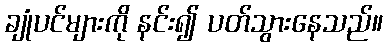
ချုံပင်များကို နင်း၍ ပတ်သွားနေသည်။